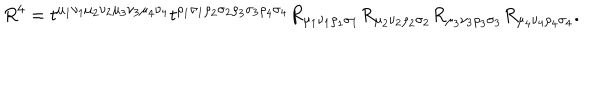
R ^ { 4 } = t ^ { \mu _ { 1 } \nu _ { 1 } \mu _ { 2 } \nu _ { 2 } \mu _ { 3 } \nu _ { 3 } \mu _ { 4 } \nu _ { 4 } } t ^ { \rho _ { 1 } \sigma _ { 1 } \rho _ { 2 } \sigma _ { 2 } \rho _ { 3 } \sigma _ { 3 } \rho _ { 4 } \sigma _ { 4 } } R _ { \mu _ { 1 } \nu _ { 1 } \rho _ { 1 } \sigma _ { 1 } } R _ { \mu _ { 2 } \nu _ { 2 } \rho _ { 2 } \sigma _ { 2 } } R _ { \mu _ { 3 } \nu _ { 3 } \rho _ { 3 } \sigma _ { 3 } } R _ { \mu _ { 4 } \nu _ { 4 } \rho _ { 4 } \sigma _ { 4 } } .